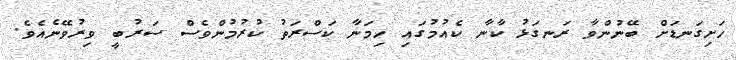
ހަށިގަނޑަށް ބޭނުންވާ ރަނގަޅު ކާނާ ކެއުމުގައި ހިމަނާ ކަސްރަތު ކުރުމުންވެސް ސަރުބީ ވިރުވޭނެއެވެ.